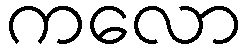
ကလော